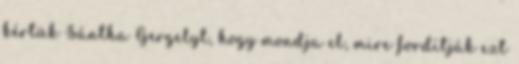
kértük Sántha Gergelyt, hogy mondja el, mire fordítják ezt